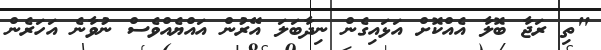
"ތި ރަޖާ ބޮލާ އެއްކޮށް އަޅައިގެން ނިދާބަލަ އޭރުން އައްޔެއްވެސް ނުވާނެ އަހަރެން